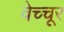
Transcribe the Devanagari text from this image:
वेच्चूर